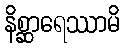
နိစ္ဆာရေဿာမိ